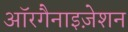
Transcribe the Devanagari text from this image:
ऑरगैनाइज़ेशन